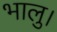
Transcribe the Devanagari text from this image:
भालु।